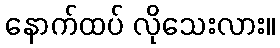
နောက်ထပ် လိုသေးလား။